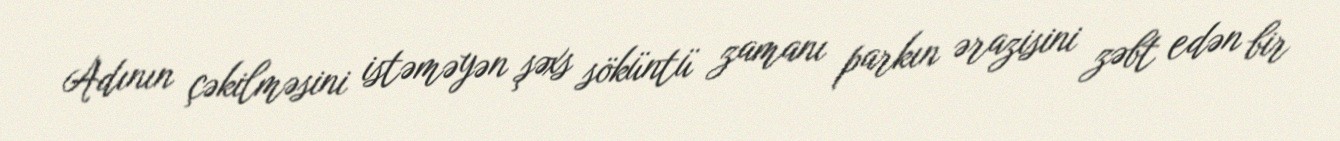
Adının çəkilməsini istəməyən şəxs söküntü zamanı parkın ərazisini zəbt edən bir